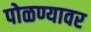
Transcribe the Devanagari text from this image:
पोळण्यावर